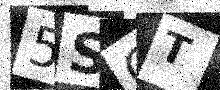
Text: 5SGT